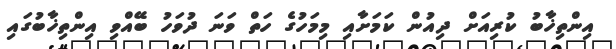
އިންތިޚާބު ކުރިއަށް ދިއުން ކަމަށާއި މިމަހުގެ ހަތް ވަނަ ދުވަހު ބޭއްވި އިންތިޚާބުގައި